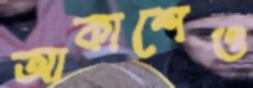
আকাশেও